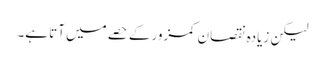
لیکن زیادہ نقصان کمزور کے حصے میں آتا ہے۔